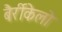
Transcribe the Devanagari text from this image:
बैर्रीकेलो